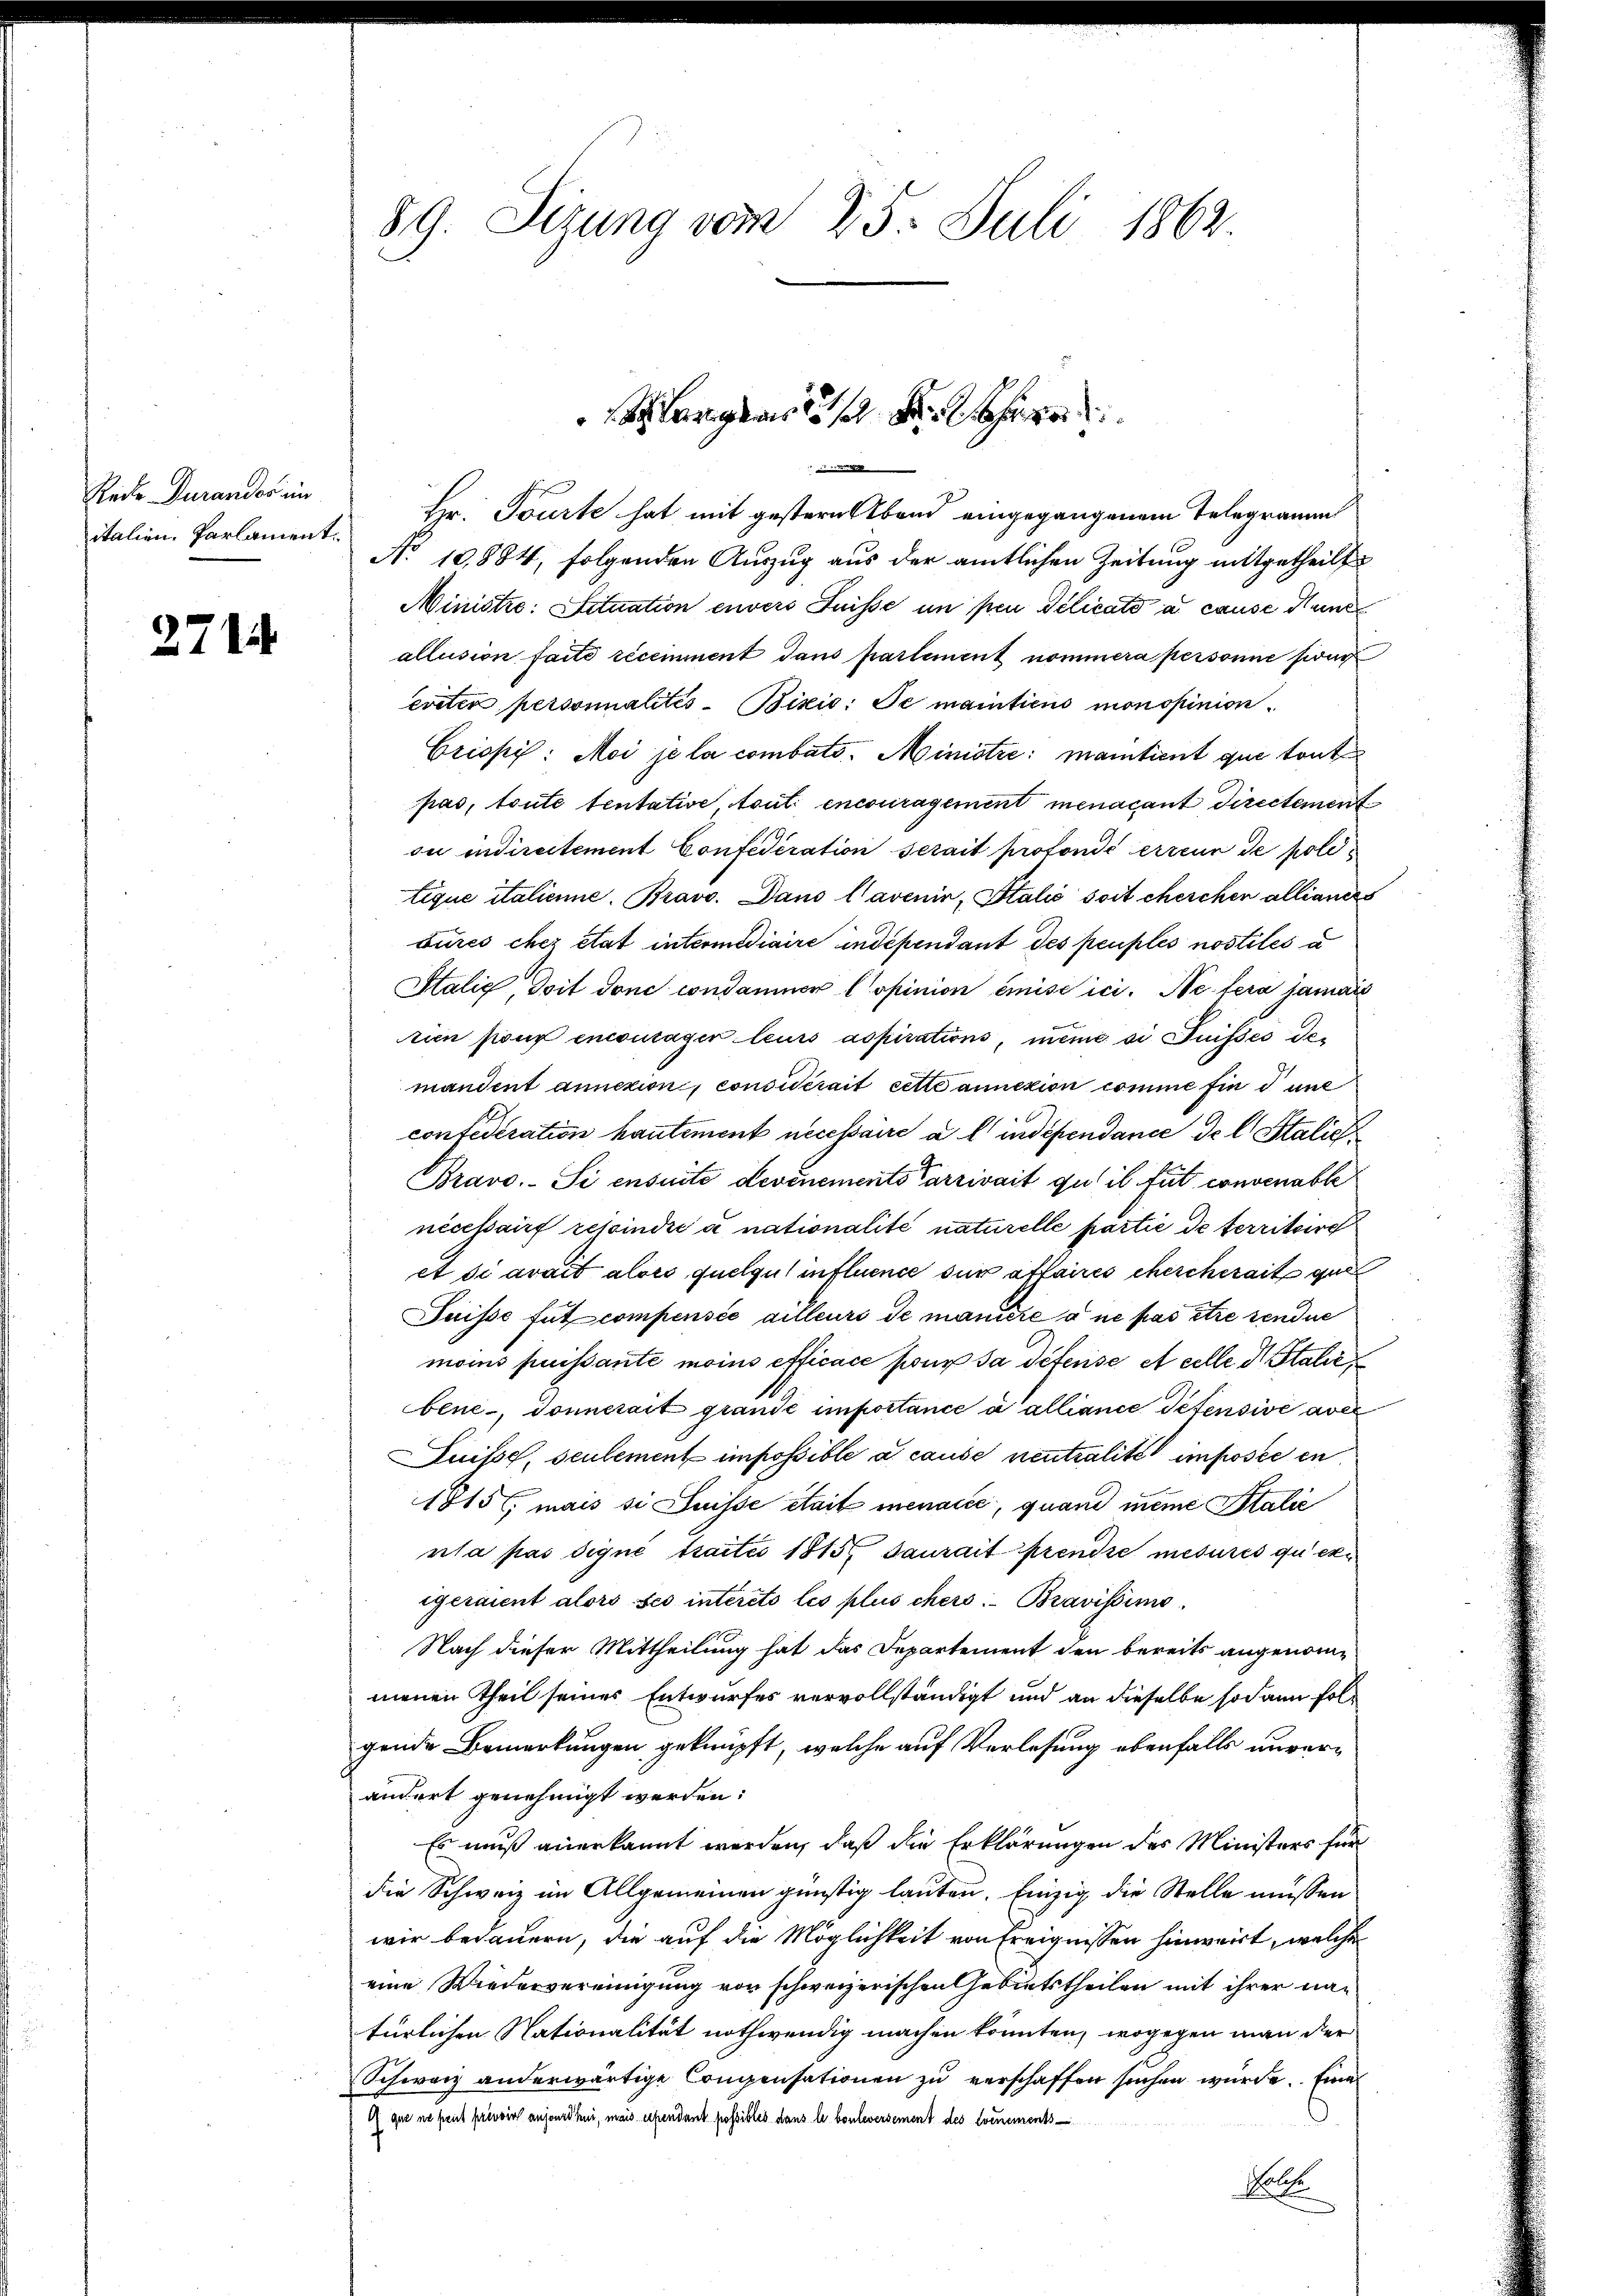
Rede Durandos ein
italien, Parlament.

271

89. Sizung vom 25. Juli 1862

Hr. Tourte hat mit gestern Abend eingegangenem Telegramm
No 10884, folgenden Auszug aus der amtlichen Zeitung mitgetheilt
Ministre: Situation envers Fuisse un per Delicato a cause dunkl
allusion faite récemment dans partement nommera personne son
ereter personalités-Bixis: Je maintiens monopinion
Criopi: Moi je la combato. Ministre: mantient que toute
pas, toute tentative, tout encouragement menacant Directement
ou indirectement Confederation serait protondé erreur de poli
tique italienne. Bravo. Dans l’avenir, Italio soit cherchen allianis
bures chez état intermidiaire indépendant des peuples nostiles a
Halig, doit donc condamner Copinion émise ici. Ne fera jamai
zien sieux encontager leurs aspisations, meine si Fusses der
mandent annexion, considérait cette annexion comme find une
contederation hautement necessaire a lindépendance de l. Stalich
Bravo. Si ensuite devénements Carrivait qu’il fut convenable
nécessairf resoindica nationalité naturelle partie de territoire
et si avait alors quelgut influence sur allaires chircherait que
Suisse fut compensée ailleurs de manicie à ne pas être rendue
moins puissante moins efficace pour sa défense et celle d Italie
bene, donnesait grande importance à alliance Petensive aver
Suisse, seulement impossible a cause neutralité imposée en
1815, mais si Suisse était menacée, quand meine Stalie
nla pas digné tractes 1815 saurait prendre mesures qu’exi
igeraient alors ses interets les plus chers Bravissimo.
Nach dieser Mittheilung hat das Departement den bereits angenommenen Theil seines Entwurfes vervollständigt und an dieselbe sodann folgende Bemerkungen geknüpft, welche auf Verlesung ebenfalls unverändert genehmigt werden:
Es muß anerkannt werden, daß die Erklärungen des Ministers für
die Schweiz im Allgemeinen günstig lauten. Einzig die Stelle müssen
wir bedauern, die auf die Möglichkeit von Ereignissen hinweirt, welche
eine Wiedervereinigung von schweizerischen Gebietstheilen mit ihrer natürlichen Nationalität nothwendig machen könnten, wogegen man der
Schwarz anderwärtige Compensationen zu verschaffen suchen wurde. Eine
G que ne peut prevoir anjonröhni, mais expendant possibles dans le bouleversement des Cornements¬
Polte

angen
e